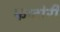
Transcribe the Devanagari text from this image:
फाटोरी